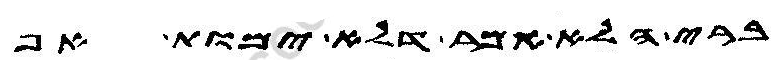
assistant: ברי הלא אמר דלא ימות אף